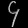
Digit: ၄